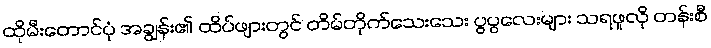
ထိုမီးတောင်ပုံ အချွန်း၏ ထိပ်ဖျားတွင် တိမ်တိုက်သေးသေး ပွပွလေးများ သရဖူလို တန်းစီ